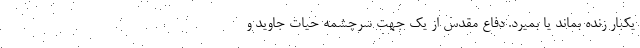
یکبار زنده بماند یا بمیرد. دفاع مقدس از یک جهت سرچشمه حیات جاوید و